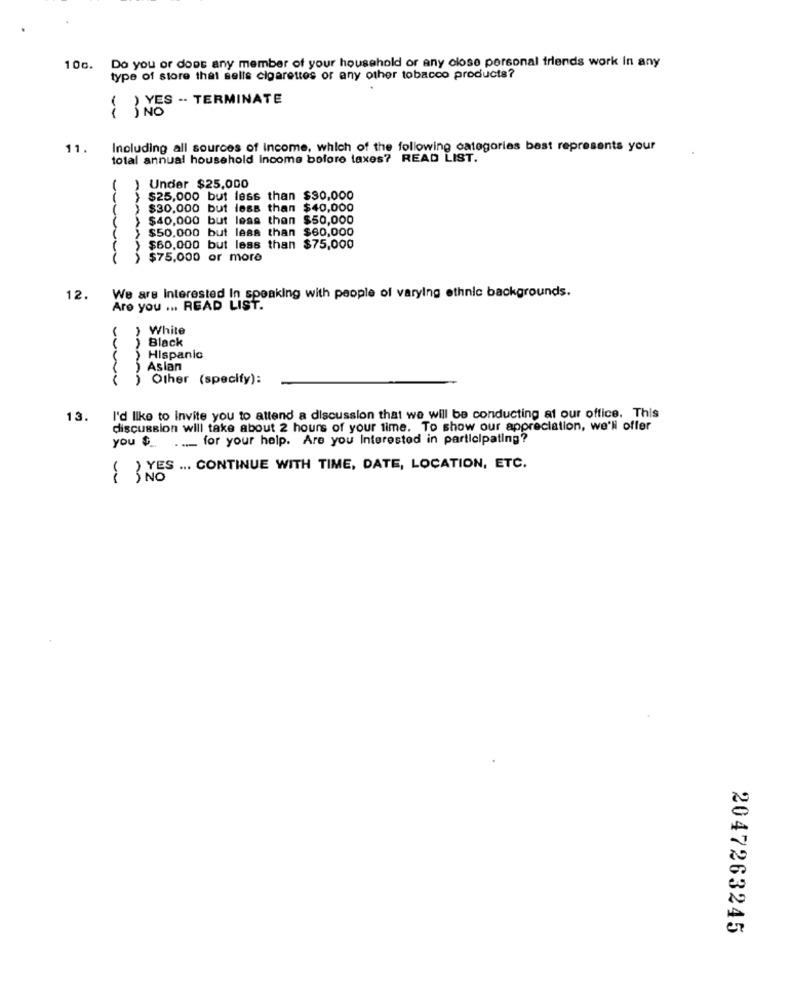
Do you or doos any member of your household or any close personal friends work In any
106.
type of store that sells cigarettes or any other tobacco products?
{NES - TERMINATE
11.
Including all sources of Income, which of the following categories bast represents your
total annual household Income before taxes? READ LIST.
Under $25,000
$25,000 but less than $30,000
$30.000 but less than $40,000
$40,000 but less than $50,000
$50,000 but less than $60,000
$60,000 but less than $75,000
$75,000 or more
AAAAAAA
12.
We are Interested In speaking with people of varying ethnic backgrounds.
Are you ... READ LIST.
) White
) Black
) Hispanic
C
Other (specify):
AAAAA
13.
I'd like to Invite you to attend a discussion that we will be conducting at our office. This
discussion will take about 2 hours of your time. To show our appreciation, we'll offer
you $ _. .... for your help. Are you Interested in participating?
) YES ... CONTINUE WITH TIME, DATE, LOCATION, ETC.
NO
2047263245